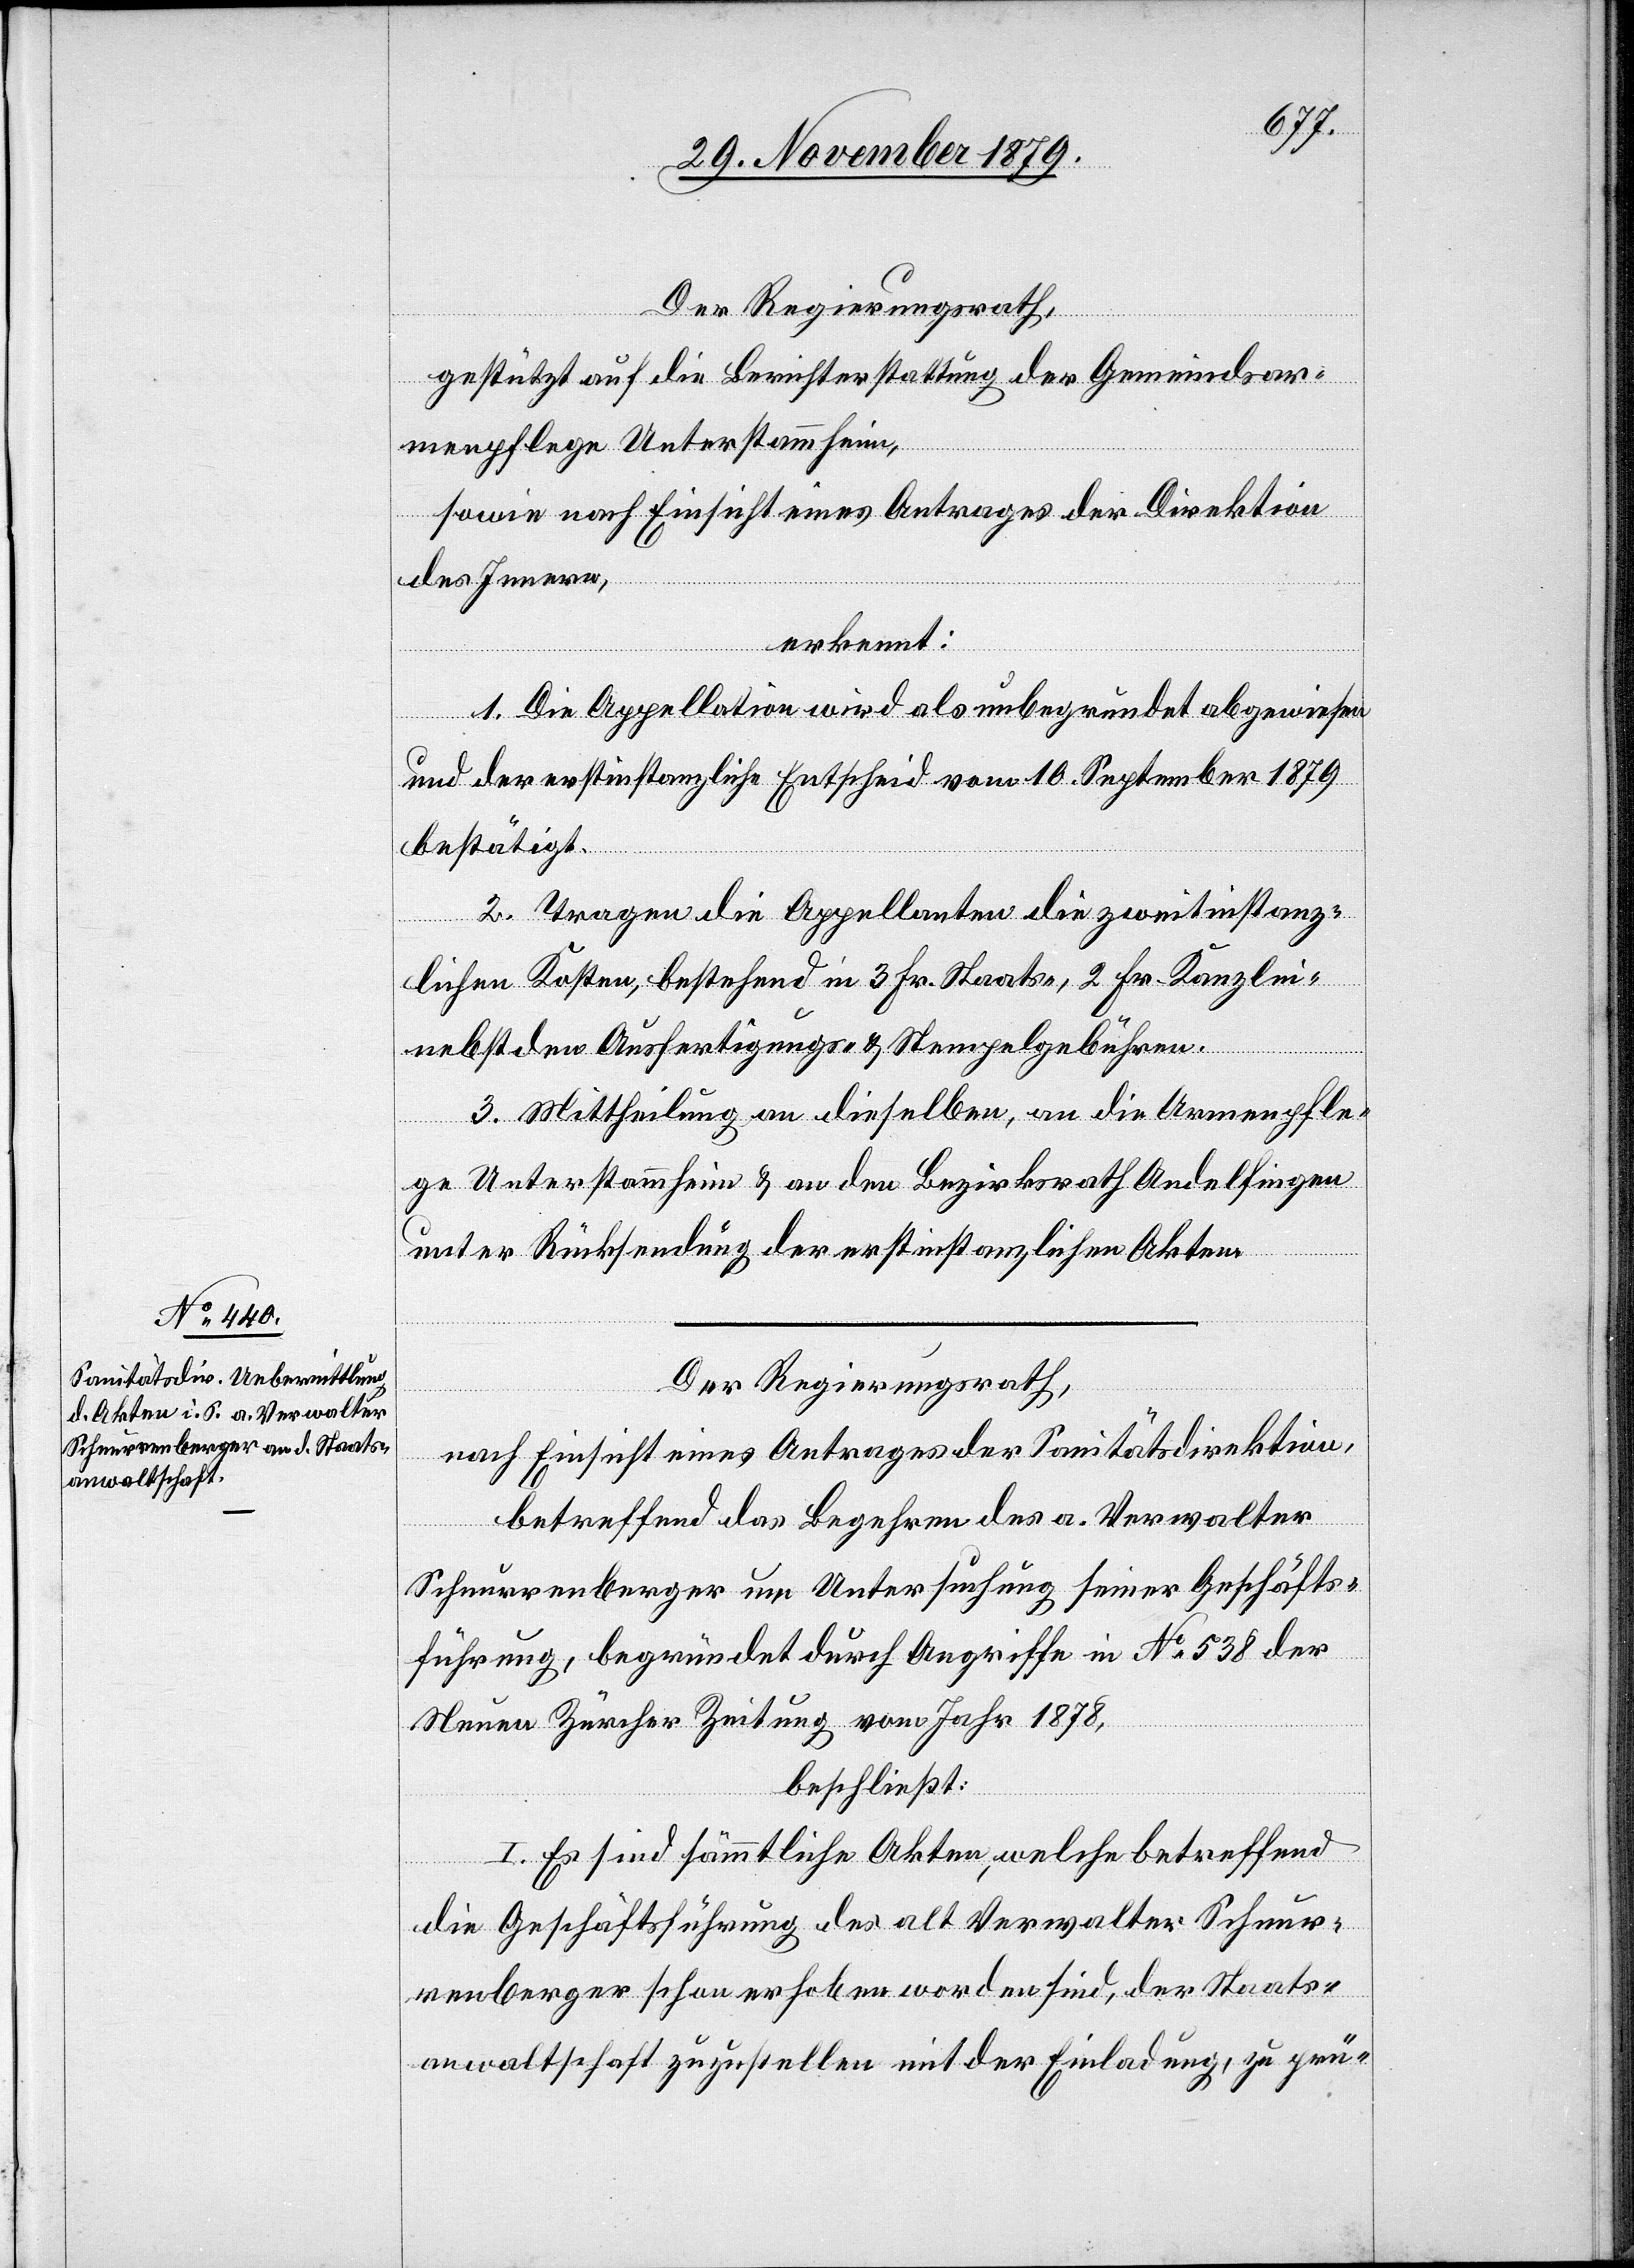
Der Regierungsrath,
gestützt auf die Berichterstattung der Gemeindsar¬
menpflege Unterstammheim,
sowie nach Einsicht eines Antrages der Direktion
des Innern,
erkennt:
1. Die Appellation wird als unbegründet abgewiesen
und der erstinstanzliche Entscheid vom 16. September 1879
bestätigt.
2. Tragen die Appellanten die zweitinstanz¬
lichen Kosten, bestehend in 3 Fr. Staats-, 2 Fr. Kanzlei-
nebst den Ausfertigungs- & Stempelgebühren.
3. Mittheilung an dieselben, an die Armenpfle¬
ge Unterstammheim & an den Bezirksrath Andelfingen
unter Rücksendung der erstinstanzlichen Akten.
Der Regierungsrath,
nach Einsicht eines Antrages der Sanitätsdirektion,
betreffend das Begehren des a. Verwalter
Schnurrenberger um Untersuchung seiner Geschäfts¬
führung, begründet durch Angriffe in No 538 der
Neuen Zürcher Zeitung vom Jahr 1878,
beschließt:
I. Es sind sämmtliche Akten, welche betreffend
die Geschäftsführung des alt Verwalter Schnur¬
renberger schon erhoben worden sind, der Staats¬
anwaltschaft zuzustellen mit der Einladung, zu prü-